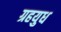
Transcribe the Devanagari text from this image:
ग्रहयुध